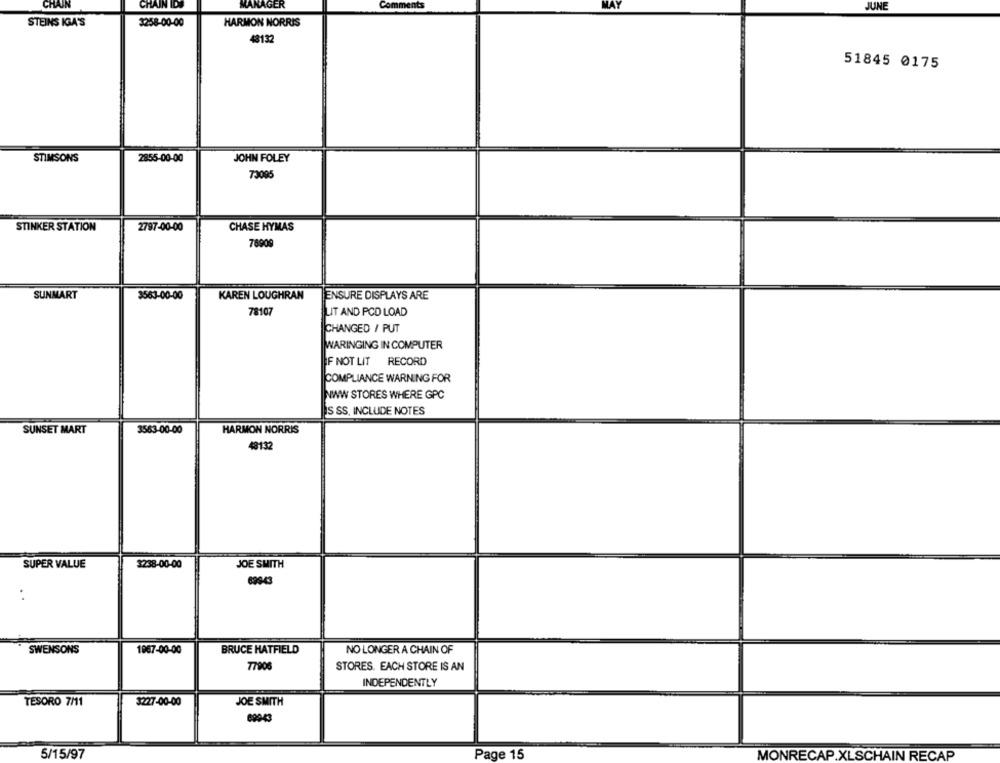
CHAIN
CHAIN IDS
MANAGER
JUNE
STEINS IGA'S
3258-00-00
HARMON NORRIS
48132
51845 0175
STIMSONS
2855-00-00
JOHN FOLEY
73005
STINKER STATION
2797-00-00
CHASE HYMAS
78909
SUNMART
3563-00-00
KAREN LOUGHRAN
ENSURE DISPLAYS ARE
78107
LIT AND PCD LOAD
CHANGED / PUT
WARINGING IN COMPUTER
IF NOT LIT RECORD
COMPLIANCE WARNING FOR
WWW STORES WHERE GPC
S SS. INCLUDE NOTES
SUNSET MART
3563-00-00
HARMON NORRIS
48132
SUPER VALUE
3238-00-00
JOE SMITH
699-43
:
NO LONGER A CHAIN OF
SWENSONS
1967-00-00
BRUCE HATFIELD
77906
STORES. EACH STORE IS AN
INDEPENDENTLY
TESORO 7/11
3227-00-00
JOE SMITH
69043
5/15/97
Page 15
MONRECAP.XLSCHAIN RECAP